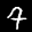
Label: 9